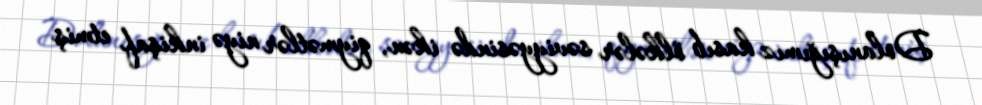
Dolanışığımız kasıb ölkələr səviyyəsində ikən, qiymətlər niyə inkişaf etmiş